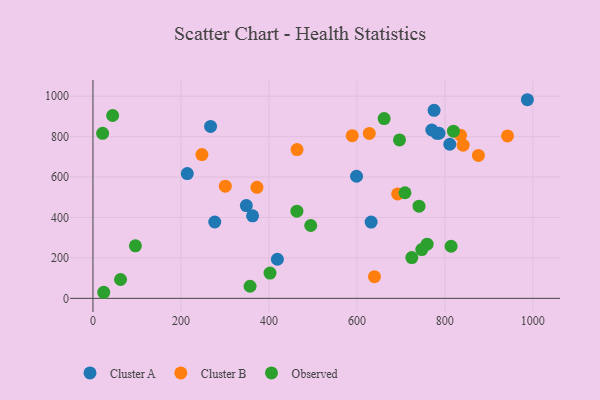
{"axis": {"x": "Experience", "y": "Rating"}, "legend": ["Cluster A", "Cluster B", "Observed"], "data": [{"x": "267.4", "y": 850.5, "type": "Cluster A"}, {"x": "987.6", "y": 982.7, "type": "Cluster A"}, {"x": "348.7", "y": 458.9, "type": "Cluster A"}, {"x": "782.1", "y": 816.4, "type": "Cluster A"}, {"x": "214.5", "y": 617.3, "type": "Cluster A"}, {"x": "775.5", "y": 930.4, "type": "Cluster A"}, {"x": "811.2", "y": 762.4, "type": "Cluster A"}, {"x": "786.8", "y": 816.8, "type": "Cluster A"}, {"x": "632.4", "y": 377.3, "type": "Cluster A"}, {"x": "770.4", "y": 832.8, "type": "Cluster A"}, {"x": "419.3", "y": 193.4, "type": "Cluster A"}, {"x": "362.9", "y": 408.3, "type": "Cluster A"}, {"x": "276.9", "y": 377.7, "type": "Cluster A"}, {"x": "599.2", "y": 604.1, "type": "Cluster A"}, {"x": "835.7", "y": 807.0, "type": "Cluster B"}, {"x": "640.0", "y": 107.4, "type": "Cluster B"}, {"x": "692.6", "y": 516.6, "type": "Cluster B"}, {"x": "300.9", "y": 554.9, "type": "Cluster B"}, {"x": "628.2", "y": 816.1, "type": "Cluster B"}, {"x": "372.8", "y": 549.4, "type": "Cluster B"}, {"x": "942.4", "y": 803.6, "type": "Cluster B"}, {"x": "841.5", "y": 757.8, "type": "Cluster B"}, {"x": "247.7", "y": 711.1, "type": "Cluster B"}, {"x": "464.0", "y": 735.9, "type": "Cluster B"}, {"x": "589.4", "y": 804.9, "type": "Cluster B"}, {"x": "876.3", "y": 707.2, "type": "Cluster B"}, {"x": "62.7", "y": 93.2, "type": "Observed"}, {"x": "662.0", "y": 889.3, "type": "Observed"}, {"x": "696.9", "y": 783.7, "type": "Observed"}, {"x": "724.9", "y": 201.7, "type": "Observed"}, {"x": "747.5", "y": 241.4, "type": "Observed"}, {"x": "741.3", "y": 455.8, "type": "Observed"}, {"x": "402.5", "y": 124.8, "type": "Observed"}, {"x": "22.0", "y": 816.3, "type": "Observed"}, {"x": "24.5", "y": 30.0, "type": "Observed"}, {"x": "44.8", "y": 904.7, "type": "Observed"}, {"x": "709.3", "y": 522.5, "type": "Observed"}, {"x": "814.2", "y": 257.6, "type": "Observed"}, {"x": "463.6", "y": 431.3, "type": "Observed"}, {"x": "96.5", "y": 259.6, "type": "Observed"}, {"x": "819.5", "y": 826.9, "type": "Observed"}, {"x": "357.2", "y": 59.9, "type": "Observed"}, {"x": "495.1", "y": 360.5, "type": "Observed"}, {"x": "759.7", "y": 267.9, "type": "Observed"}]}